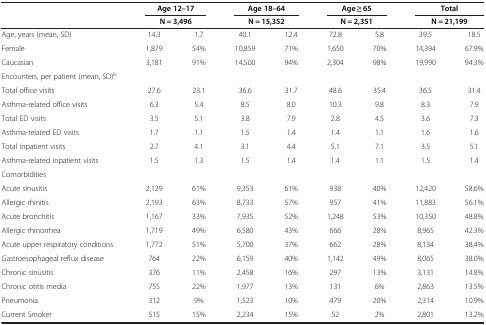
<table><thead><tr><td><b> </b></td><td colspan="2"><b>Age 12–17</b></td><td colspan="2"><b>Age 18–64</b></td><td colspan="2"><b>Age ≥ 65</b></td><td colspan="2"><b>Total</b></td></tr><tr><td><b> </b></td><td colspan="2"><b>N = 3,496</b></td><td colspan="2"><b>N = 15,352</b></td><td colspan="2"><b>N = 2,351</b></td><td colspan="2"><b>N = 21,199</b></td></tr></thead><tbody><tr><td>Age, years (mean, SD)</td><td>14.3</td><td>1.7</td><td>40.1</td><td>12.4</td><td>72.8</td><td>5.8</td><td>39.5</td><td>18.5</td></tr><tr><td>Female</td><td>1,879</td><td>54%</td><td>10,859</td><td>71%</td><td>1,650</td><td>70%</td><td>14,394</td><td>67.9%</td></tr><tr><td>Caucasian</td><td>3,181</td><td>91%</td><td>14,500</td><td>94%</td><td>2,304</td><td>98%</td><td>19,990</td><td>94.3%</td></tr><tr><td>Encounters, per patient (mean, SD)<sup>b</sup></td><td> </td><td> </td><td> </td><td> </td><td> </td><td> </td><td> </td><td> </td></tr><tr><td>Total office visits</td><td>27.6</td><td>23.1</td><td>36.6</td><td>31.7</td><td>48.6</td><td>35.4</td><td>36.5</td><td>31.4</td></tr><tr><td>Asthma-related office visits</td><td>6.3</td><td>5.4</td><td>8.5</td><td>8.0</td><td>10.3</td><td>9.8</td><td>8.3</td><td>7.9</td></tr><tr><td>Total ED visits</td><td>3.5</td><td>5.1</td><td>3.8</td><td>7.9</td><td>2.8</td><td>4.5</td><td>3.6</td><td>7.3</td></tr><tr><td>Asthma-related ED visits</td><td>1.7</td><td>1.1</td><td>1.5</td><td>1.4</td><td>1.4</td><td>1.1</td><td>1.6</td><td>1.6</td></tr><tr><td>Total inpatient visits</td><td>2.7</td><td>4.1</td><td>3.1</td><td>4.4</td><td>5.1</td><td>7.1</td><td>3.5</td><td>5.1</td></tr><tr><td>Asthma-related inpatient visits</td><td>1.5</td><td>1.3</td><td>1.5</td><td>1.4</td><td>1.4</td><td>1.1</td><td>1.5</td><td>1.4</td></tr><tr><td>Comorbidities</td><td> </td><td> </td><td> </td><td> </td><td> </td><td> </td><td> </td><td> </td></tr><tr><td>Acute sinusitis</td><td>2,129</td><td>61%</td><td>9,353</td><td>61%</td><td>938</td><td>40%</td><td>12,420</td><td>58.6%</td></tr><tr><td>Allergic rhinitis</td><td>2,193</td><td>63%</td><td>8,733</td><td>57%</td><td>957</td><td>41%</td><td>11,883</td><td>56.1%</td></tr><tr><td>Acute bronchitis</td><td>1,167</td><td>33%</td><td>7,935</td><td>52%</td><td>1,248</td><td>53%</td><td>10,350</td><td>48.8%</td></tr><tr><td>Allergic rhinorrhea</td><td>1,719</td><td>49%</td><td>6,580</td><td>43%</td><td>666</td><td>28%</td><td>8,965</td><td>42.3%</td></tr><tr><td>Acute upper respiratory conditions</td><td>1,772</td><td>51%</td><td>5,700</td><td>37%</td><td>662</td><td>28%</td><td>8,134</td><td>38.4%</td></tr><tr><td>Gastroesophageal reflux disease</td><td>764</td><td>22%</td><td>6,159</td><td>40%</td><td>1,142</td><td>49%</td><td>8,065</td><td>38.0%</td></tr><tr><td>Chronic sinusitis</td><td>376</td><td>11%</td><td>2,458</td><td>16%</td><td>297</td><td>13%</td><td>3,131</td><td>14.8%</td></tr><tr><td>Chronic otitis media</td><td>755</td><td>22%</td><td>1,977</td><td>13%</td><td>131</td><td>6%</td><td>2,863</td><td>13.5%</td></tr><tr><td>Pneumonia</td><td>312</td><td>9%</td><td>1,523</td><td>10%</td><td>479</td><td>20%</td><td>2,314</td><td>10.9%</td></tr><tr><td>Current Smoker</td><td>515</td><td>15%</td><td>2,234</td><td>15%</td><td>52</td><td>2%</td><td>2,801</td><td>13.2%</td></tr></tbody></table>